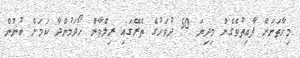
މިހާތަނަށް ފާއިތުވެގެން މިދިޔަ 50 ދުވަހުގެ ތެރޭގައި ރިލްވާން ހޯދަމުންދާ ކަމަށް ބުނުން